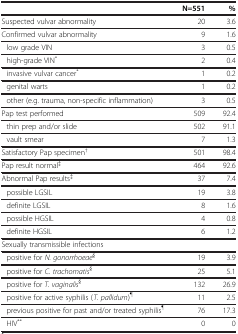
|  | N=551 | % |
 | --- | --- | --- |
 | Suspected vulvar abnormality | 20 | 3.6 |
 | Confirmed vulvar abnormality | 9 | 1.6 |
 | low grade VIN | 3 | 0.5 |
 | high-grade VIN* | 2 | 0.4 |
 | invasive vulvar cancer* | 1 | 0.2 |
 | genital warts | 1 | 0.2 |
 | other (e.g. trauma, non-specific inflammation) | 3 | 0.5 |
 | Pap test performed | 509 | 92.4 |
 | thin prep and/or slide | 502 | 91.1 |
 | vault smear | 7 | 1.3 |
 | Satisfactory Pap specimen† | 501 | 98.4 |
 | Pap result normal‡ | 464 | 92.6 |
 | Abnormal Pap results‡ | 37 | 7.4 |
 | possible LGSIL | 19 | 3.8 |
 | definite LGSIL | 8 | 1.6 |
 | possible HGSIL | 4 | 0.8 |
 | definite HGSIL | 6 | 1.2 |
 | Sexually transmissible infections |  |  |
 | positive for N. gonorrhoeae§ | 19 | 3.9 |
 | positive for C. trachomatis§ | 25 | 5.1 |
 | positive for T. vaginalis§ | 132 | 26.9 |
 | positive for active syphilis (T. pallidum)¶ | 11 | 2.5 |
 | previous positive for past and/or treated syphilis¶ | 76 | 17.3 |
 | HIV** | 0 | 0 |